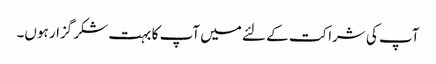
آپ کی شراکت کے لئے میں آپ کا بہت شکر گزار ہوں۔